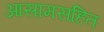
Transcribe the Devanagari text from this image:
आसामसहित